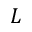
\boldsymbol { L }